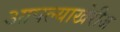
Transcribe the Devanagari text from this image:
आपल्याखेरीज